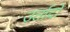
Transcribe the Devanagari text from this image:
उर्तादो